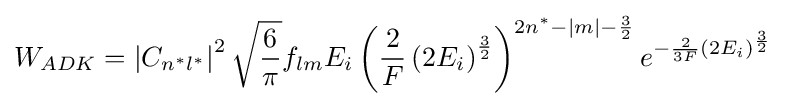
W_{ADK}=\left|C_{n^{*}l^{*}}\right|^{2}{\sqrt {\frac {6}{\pi }}}f_{lm}E_{i}\left({\frac {2}{F}}\left(2E_{i}\right)^{\frac {3}{2}}\right)^{2n^{*}-|m|-{\frac {3}{2}}}e^{-{\frac {2}{3F}}\left(2E_{i}\right)^{\frac {3}{2}}}